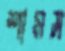
শামস